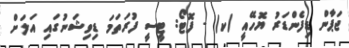
ޖަޕާން ޑިފެންޑަރު ޔޮހޭއީ (ކ) - ފޮޓޯ: ޓީސީ ފުރަތަމަ ޑިވިޝަނުގައި އަލަށް